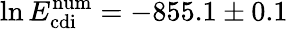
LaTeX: \ln E_{\mathrm{cdi}}^{\mathrm{num}}=-855.1\pm 0.1